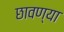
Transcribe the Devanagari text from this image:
छावण्‍या